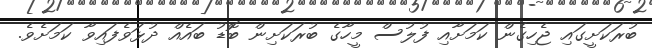
ބުރަކަށީގައި ޖެހިގެން ކަމަށާއި ފުލުސް މީހާގެ ބުރަކަށިން ބޮޑު ބައެއް ދުޅަވެފައިވާ ކަމަށެވެ.